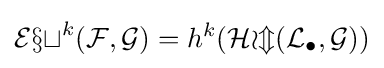
{\mathcal {Ext}}^{k}({\mathcal {F}},{\mathcal {G}})=h^{k}({\mathcal {Hom}}({\mathcal {L}}_{\bullet },{\mathcal {G}}))